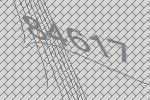
84617